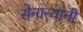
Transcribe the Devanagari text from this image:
सेनान्यांनी